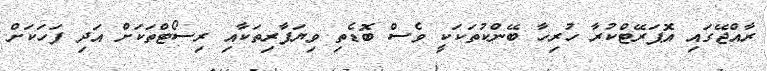
ރާއްޖޭގައި އޮޕަރޭޓްކުރާ ހުރިހާ ބޭންކުތަކަކީ ވެސް ބޮޑެތި ވިޔަފާރިތަކާއި ރިސޯޓްތަކަށް އަދި ފަހަކަށް